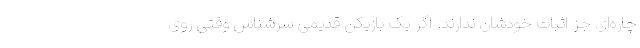
چاره‌ای جز اثبات خودشان ندارند. اگر یک بازیکن قدیمی سرشناس وقتی روی